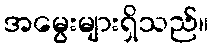
အမွေးများရှိသည်။